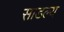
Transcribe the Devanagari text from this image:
साडल्य